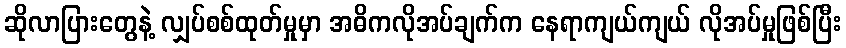
ဆိုလာပြားတွေနဲ့ လျှပ်စစ်ထုတ်မှုမှာ အဓိကလိုအပ်ချက်က နေရာကျယ်ကျယ် လိုအပ်မှုဖြစ်ပြီး